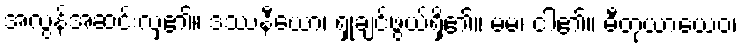
အလွန်အဆင်းလှ၏။ ဒဿနီယော၊ ရှုချင်ဖွယ်ရှိ၏။ မမ၊ ငါ၏။ ဓီတုယာယေဝ၊